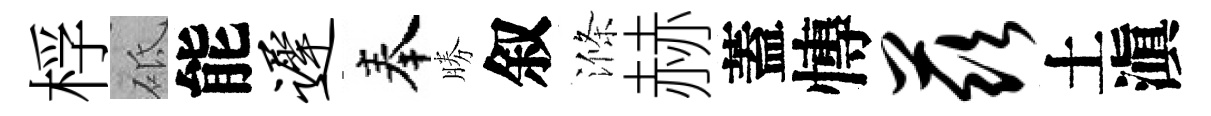
桴砥能迟奉勝叙滌赫蓋慱兹土滇